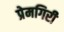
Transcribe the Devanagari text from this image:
प्रेमगिरी